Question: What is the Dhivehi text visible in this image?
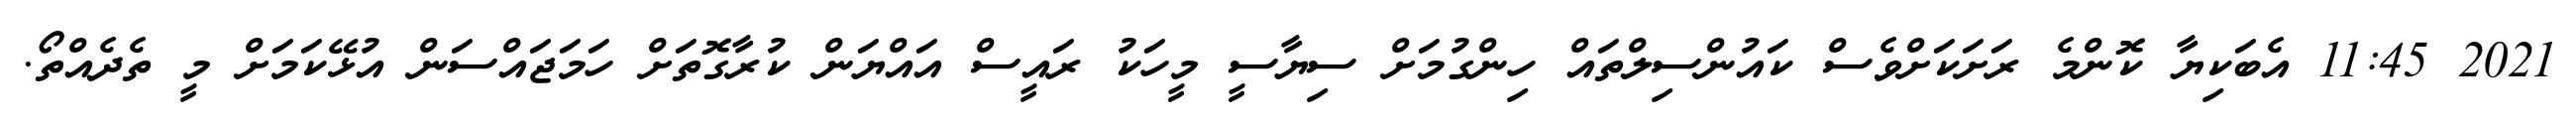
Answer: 2021 11:45 އެބަކިޔާ ކޮންމެ ރަށަކަށްވެސް ކައުންސިލްތައް ހިންގުމަށް ސިޔާސީ މީހަކު ރައީސް އައްޔަން ކުރާގޮތަށް ހަމަޖައްސަން އުޅޭކަމަށް މީ ތެދެއްތޯ.